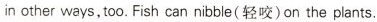
in other ways,too.Fish can nibble(轻咬)on the plants.